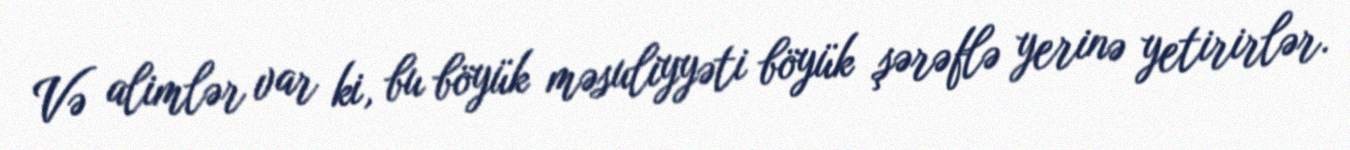
Və alimlər var ki, bu böyük məsuliyyəti böyük şərəflə yerinə yetirirlər.